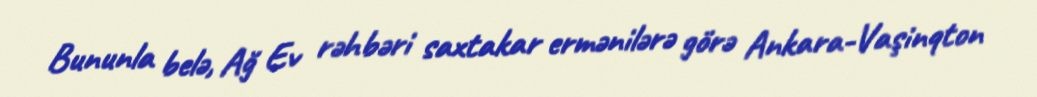
Bununla belə, Ağ Ev rəhbəri saxtakar ermənilərə görə Ankara-Vaşinqton